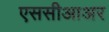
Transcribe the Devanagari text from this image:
एससीआअर